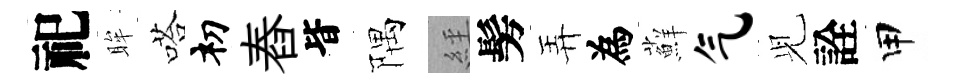
祀眸嗒𥘉舂𣅜隅𦀇髣弄為蘚气𫤗詮甲